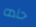
حاده